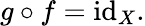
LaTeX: g\circ f=\operatorname{id}_{X}.